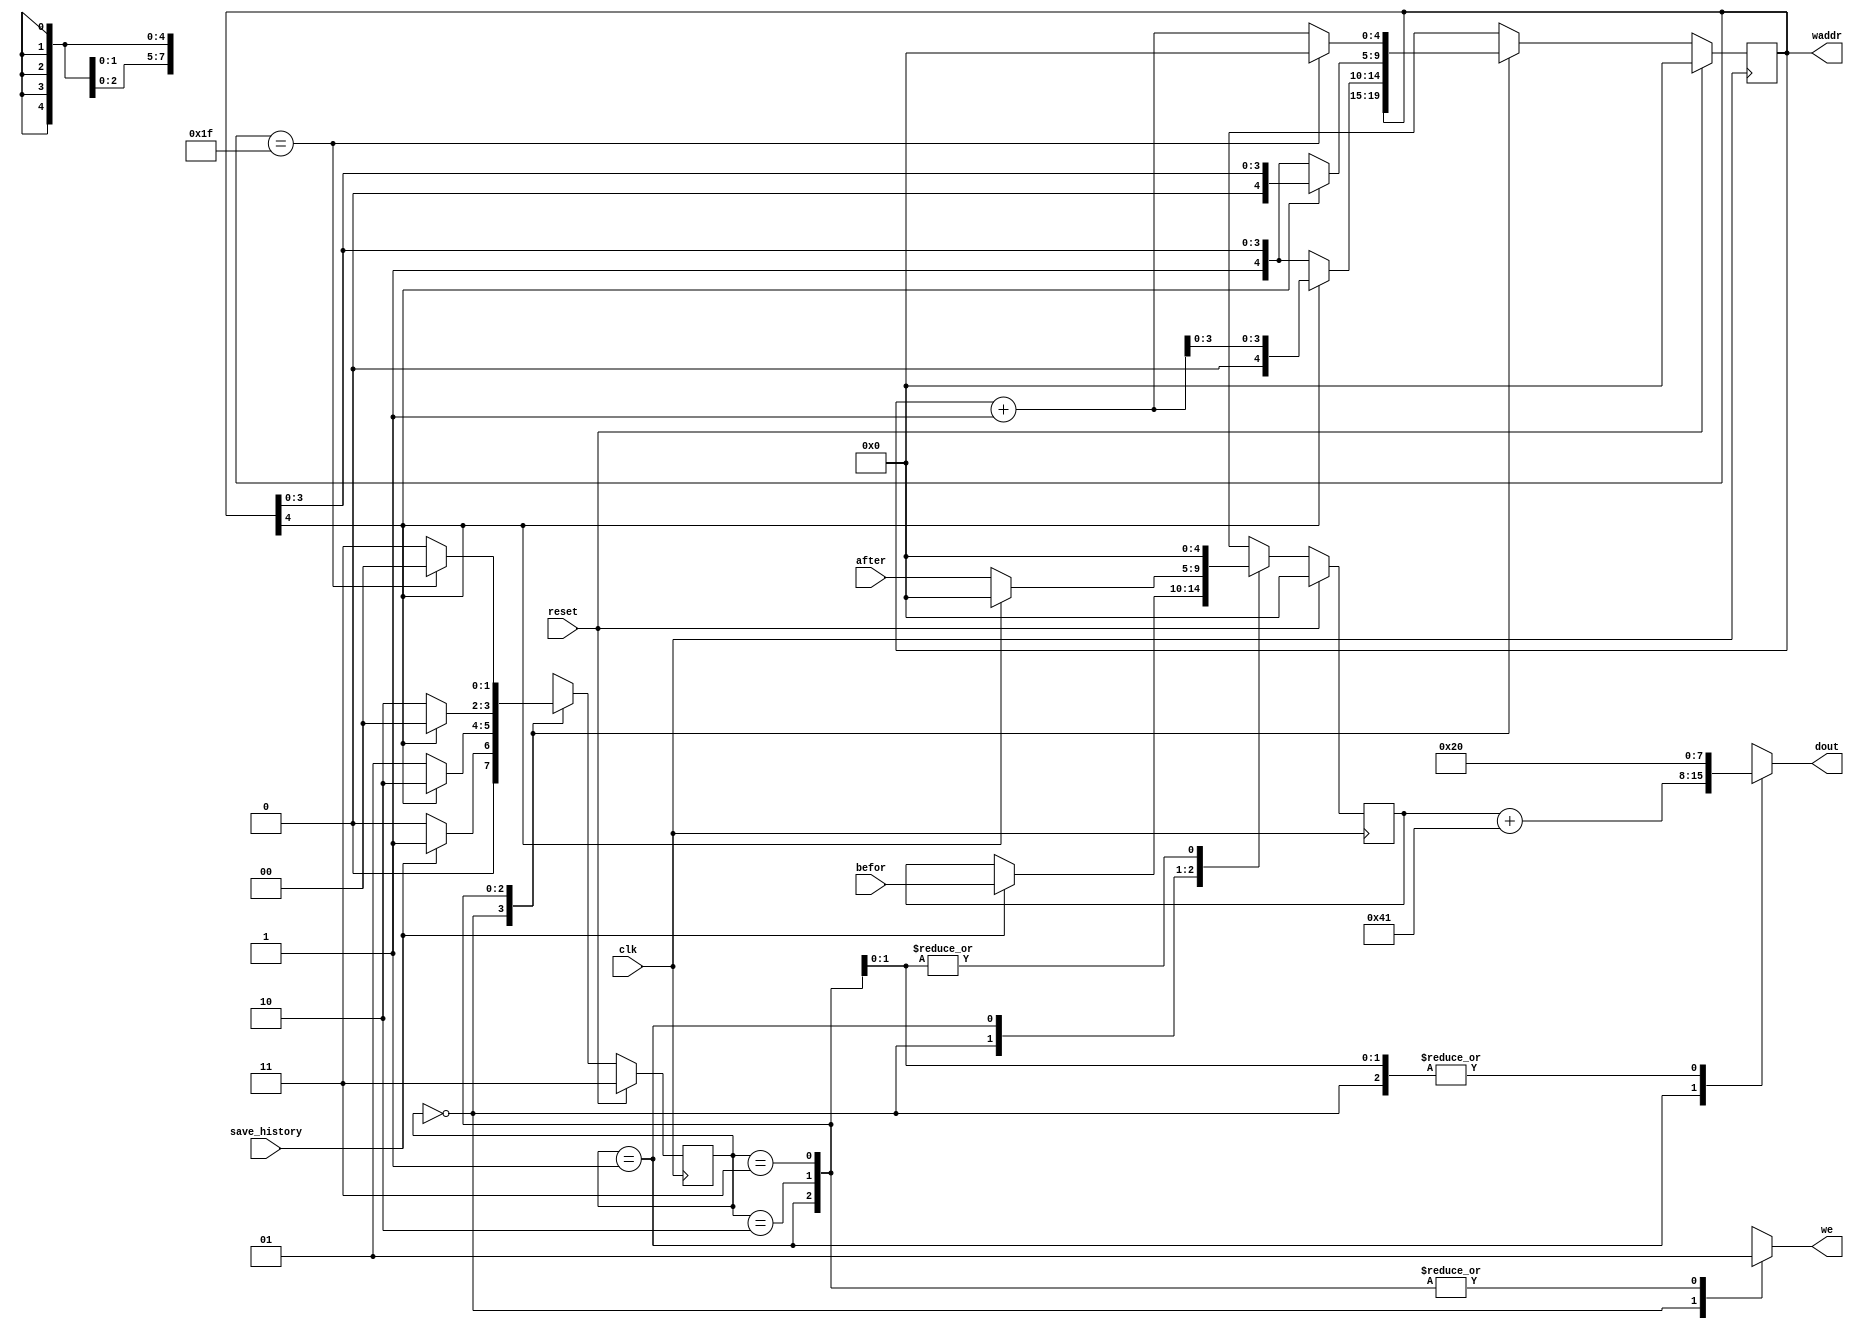
/*
    history_keeper: FSM of compound state (state, index, to_save) that
                    stores the user inputted character "befor" and the
                    resulting encoded "after" to a 2x16 RAM that is
                    then displayed to the user.
*/
module history_keeper (input clk,
                       input reset,
                       input save_history,
                       input [4:0] befor,
                       input [4:0] after,
                       output reg [4:0] waddr,
                       output reg we,
                       output reg [7:0] dout);
    
    parameter WAIT       = 2'h0; // wait for save_history to be high
    parameter SAVE       = 2'h1; // save "before" and "after" keys
    parameter CLEAR_NEXT = 2'h2; // clear space for next keys
    parameter CLEAR_ALL  = 2'h3; // clear the whole ram, after reset
    
    reg [1:0] state, next_state;
    reg [4:0] index, next_index;
    reg [4:0] to_save, next_to_save;
    
    wire [4:0] index_plus_1; // just a helper
    assign index_plus_1 = index + 1;
    
    always @(posedge clk)
        if (reset) begin
            state   <= CLEAR_ALL;
            index   <= 0;
            to_save <= 0;
        end
        else begin
            state   <= next_state;
            index   <= next_index;
            to_save <= next_to_save;
        end
    
    always @(*) begin
        waddr = index;
        we    = 1'h0;
        dout  = " ";
        
        case (state)
            WAIT: begin
                if (save_history) begin // received bit to save history, start saving
                    next_state   = SAVE;
                    next_index   = index;
                    next_to_save = befor;
                end
                else begin // remain waiting
                    next_state   = WAIT;
                    next_index   = index;
                    next_to_save = to_save;
                end
            end
                
            SAVE: begin
                we   = 1;
                dout = to_save + "A";
                
                if (index[4] == 0) begin// top row, save before
                    next_state   = SAVE;
                    next_index   = {1'b1, index[3:0]}; // change to bottom row
                    next_to_save = after;
                end
                else begin
                    next_state   = CLEAR_NEXT;
                    next_index   = {1'b0, index_plus_1[3:0]}; // change to next column and top row
                    next_to_save = 0;
                end
            end
                    
            CLEAR_NEXT: begin
                we   = 1;
                dout = " ";
                
                if (index[4] == 0) begin // clearing top row
                    next_state   = CLEAR_NEXT;
                    next_index   = {1'b1, index[3:0]}; // change to bottom row
                    next_to_save = 0;
                end
                else begin // clearing bottom row
                    next_state   = WAIT;
                    next_index   = {1'b0, index[3:0]}; // change to top row again
                    next_to_save = 0;
                end
            end
                    
            CLEAR_ALL: begin
                we   = 1;
                dout = " ";
                
                if (index == 5'h1f) begin // last index, stop clearing
                    next_state   = WAIT;
                    next_index   = 5'h0;
                    next_to_save = 0;
                end
                else begin // continue clearing
                    next_state   = CLEAR_ALL;
                    next_index   = index + 1;
                    next_to_save = 0;
                end
            end
        endcase
    end
endmodule